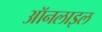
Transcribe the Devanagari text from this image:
ऑनलाइल